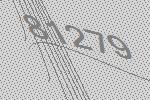
81279